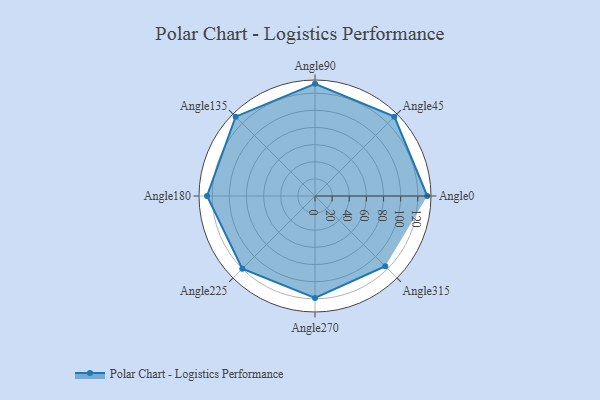
{"axis": {"x": "Angle", "y": "Radius"}, "legend": [""], "data": [{"x": "Angle0", "y": 131.0, "type": ""}, {"x": "Angle45", "y": 131.0, "type": ""}, {"x": "Angle90", "y": 131.0, "type": ""}, {"x": "Angle135", "y": 131.0, "type": ""}, {"x": "Angle180", "y": 126.0, "type": ""}, {"x": "Angle225", "y": 120.0, "type": ""}, {"x": "Angle270", "y": 119.0, "type": ""}, {"x": "Angle315", "y": 116.0, "type": ""}]}